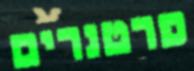
פרטנרים